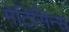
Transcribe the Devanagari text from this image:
मेटिसिन्स